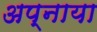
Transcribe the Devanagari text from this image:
अप्नाया